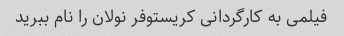
فیلمی به کارگردانی کریستوفر نولان را نام ببرید